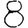
Digit: 8